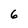
Character: 6